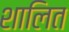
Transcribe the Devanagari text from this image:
शालित